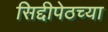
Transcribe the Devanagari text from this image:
सिद्दीपेठच्या